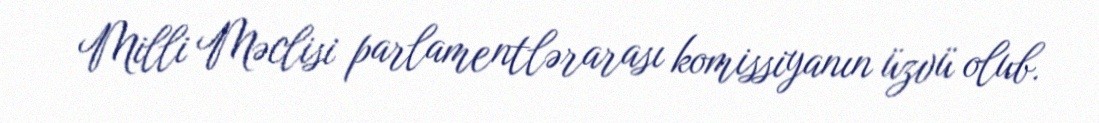
Milli Məclisi parlamentlərarası komissiyanın üzvü olub.